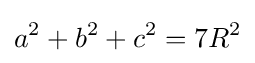
a^{2}+b^{2}+c^{2}=7R^{2}